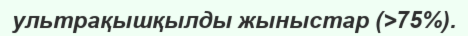
ультрақышқылды жыныстар (>75%).